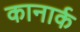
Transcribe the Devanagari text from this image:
कानार्क